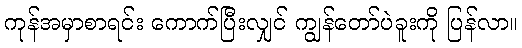
ကုန်အမှာစာရင်း ကောက်ပြီးလျှင် ကျွန်တော်ပဲခူးကို ပြန်လာ။